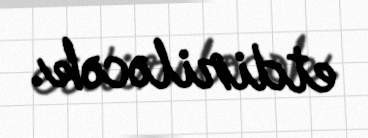
etdiriləcək.